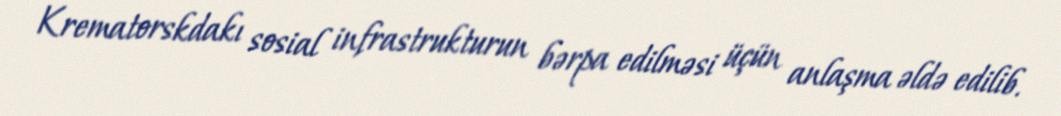
Krematorskdakı sosial infrastrukturun bərpa edilməsi üçün anlaşma əldə edilib.